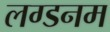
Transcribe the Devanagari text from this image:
लग्डनम